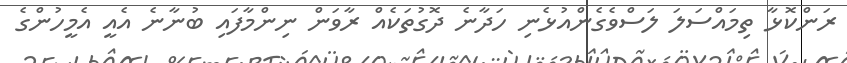
ރަންކޮޅާ ތިމައްސަލަ ލަސްވެގެންއުޅެނި ހަދާނެ ދޮގުތަކެއް ރާވަން ނިންމާފައި ބުނާނެ އެއީ އެމީހުންގެ